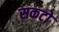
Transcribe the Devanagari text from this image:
सकटो